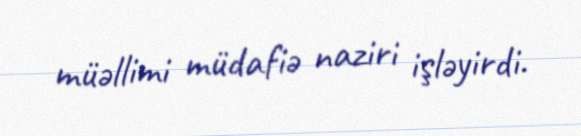
müəllimi müdafiə naziri işləyirdi.